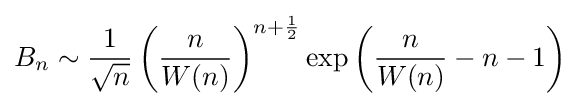
B_{n}\sim {\frac {1}{\sqrt {n}}}\left({\frac {n}{W(n)}}\right)^{n+{\frac {1}{2}}}\exp \left({\frac {n}{W(n)}}-n-1\right)